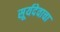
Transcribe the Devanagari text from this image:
सूर्यदेवाचा